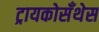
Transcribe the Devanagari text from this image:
ट्रायकोसँथेस